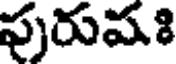
పురుషః